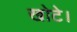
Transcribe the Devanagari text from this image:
खोटे।